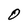
Character: O